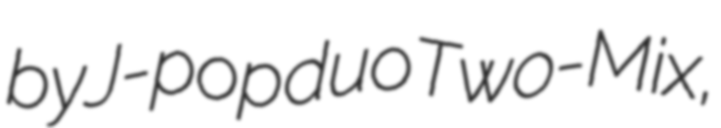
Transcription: by J-pop duo Two-Mix,